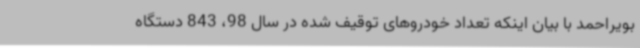
بویراحمد با بیان اینکه تعداد خودروهای توقیف شده در سال 98، 843 دستگاه